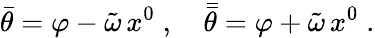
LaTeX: \bar{\theta}=\varphi-\tilde{\omega}\, x^{0}\; ,\quad\bar{\bar{\theta}}=\varphi+\tilde{\omega}\, x^{0}\; .